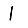
Digit: 1